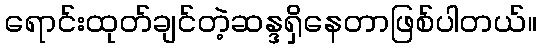
ရောင်းထုတ်ချင်တဲ့ဆန္ဒရှိနေတာဖြစ်ပါတယ်။